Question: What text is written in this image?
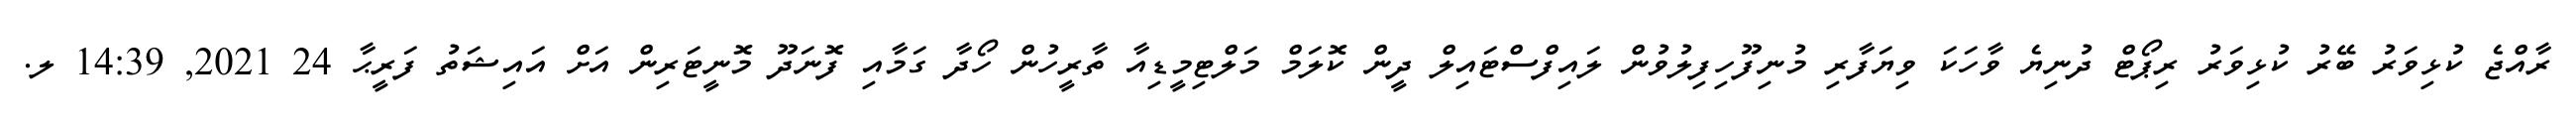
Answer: ރާއްޖެ ކުޅިވަރު ބޭރު ކުޅިވަރު ރިޕޯޓް ދުނިޔެ ވާހަކަ ވިޔަފާރި މުނިފޫހިފިލުވުން ލައިފްސްޓައިލް ދީން ކޮލަމް މަލްޓިމީޑިއާ ތާރީހުން ހޯދާ ގަމާއި ފޮނަދޫ މޮނީޓަރިން އަށް އައިޝަތު ފަރީޙާ 24 2021, 14:39 ލ.